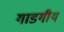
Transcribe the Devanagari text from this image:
गाडगीय